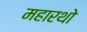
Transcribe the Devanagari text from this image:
महारथो